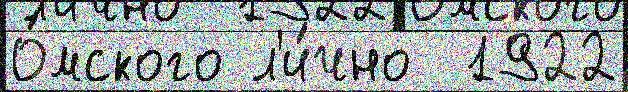
О́мского л'и́чно  1922